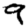
Digit: 9